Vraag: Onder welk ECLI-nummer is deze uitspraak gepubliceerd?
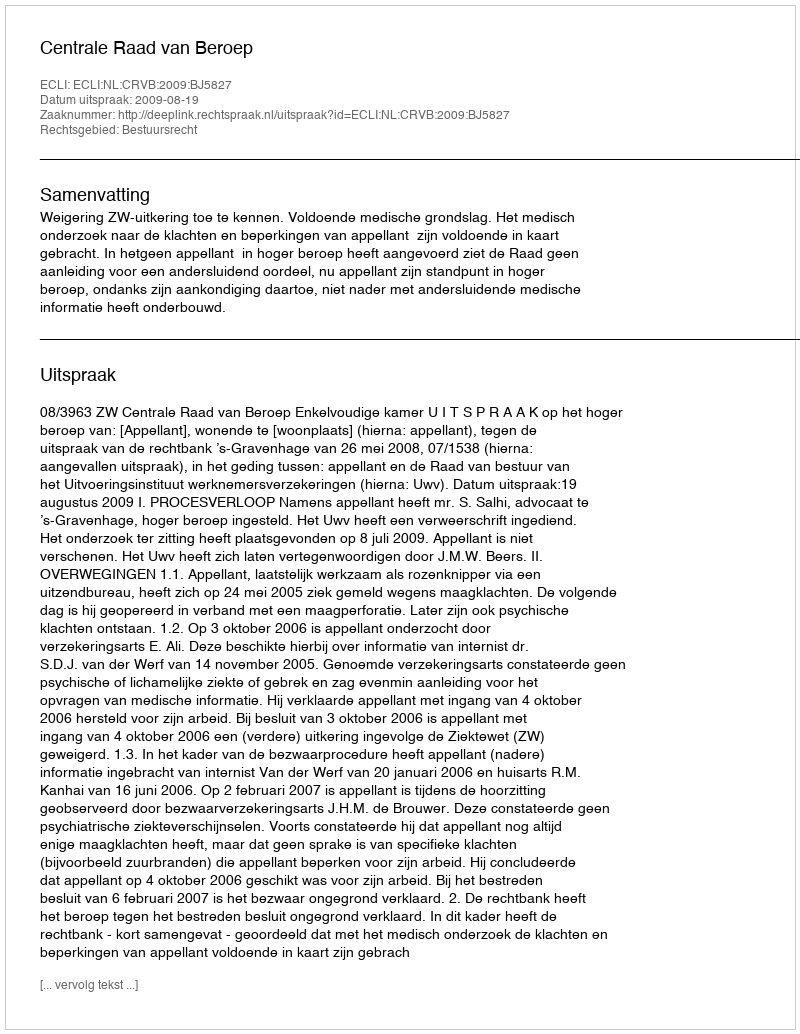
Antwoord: ECLI:NL:CRVB:2009:BJ5827